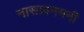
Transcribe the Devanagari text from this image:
नासावनमनी